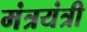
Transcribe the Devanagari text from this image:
मंत्रयंत्री